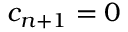
c _ { n + 1 } = 0